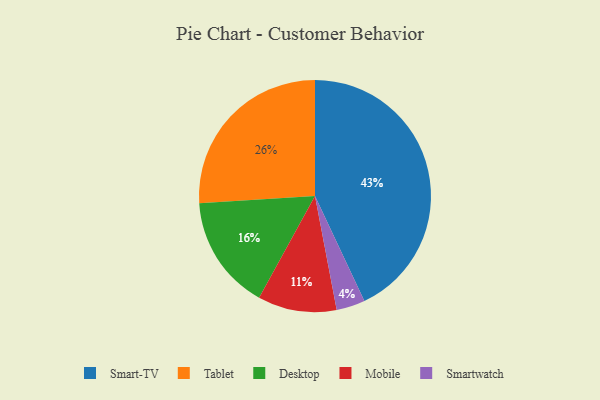
{"axis": {"x": "Category", "y": "Percentage"}, "legend": ["Desktop", "Mobile", "Smart-TV", "Smartwatch", "Tablet"], "data": [{"x": "Mobile", "y": 11, "type": "Mobile"}, {"x": "Desktop", "y": 16, "type": "Desktop"}, {"x": "Smartwatch", "y": 4, "type": "Smartwatch"}, {"x": "Smart-TV", "y": 43, "type": "Smart-TV"}, {"x": "Tablet", "y": 26, "type": "Tablet"}]}